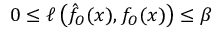
0 \le \ell \left( \hat { f } _ { O } ( x ) , f _ { O } ( x ) \right) \le \beta